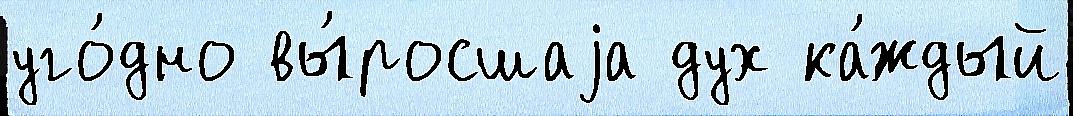
уго́дно вы́росшаjа дух ка́ждый